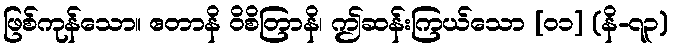
ဖြစ်ကုန်သော။ ဧတာနိ ဝိစိတြာနိ၊ ဤဆန်းကြယ်သော [၀၁] (နိ-၇၃)